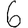
Digit: 6